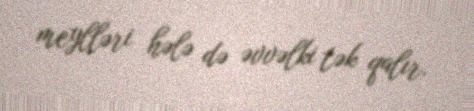
meylləri hələ də əvvəlki tək qalır.